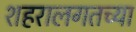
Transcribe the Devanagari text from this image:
शहरालगतच्या